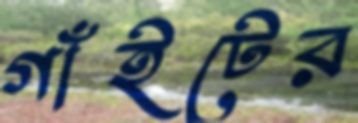
গাঁইটের